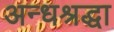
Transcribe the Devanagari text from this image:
अन्धश्रद्धा